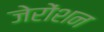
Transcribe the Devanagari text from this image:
जेरोंशन